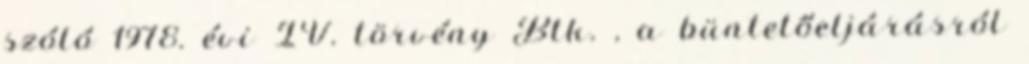
szóló 1978. évi IV. törvény Btk. , a büntetőeljárásról